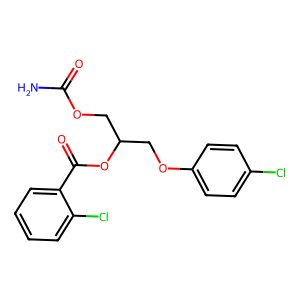
SMILES: NC(=O)OCC(COc1ccc(Cl)cc1)OC(=O)c1ccccc1Cl
Inhibits HIV replication: No